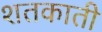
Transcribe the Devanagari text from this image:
शतकाती